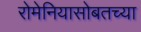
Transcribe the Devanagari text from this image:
रोमेनियासोबतच्या